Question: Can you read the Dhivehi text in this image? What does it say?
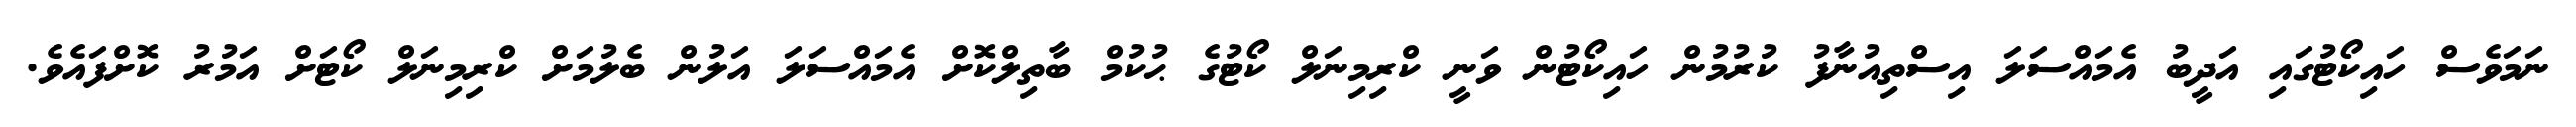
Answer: ނަމަވެސް ހައިކޯޓުގައި އަދީބު އެމައްސަލަ އިސްތިއުނާފު ކުރުމުން ހައިކޯޓުން ވަނީ ކްރިމިނަލް ކޯޓުގެ ޙުކުމް ބާތިލްކޮށް އެމައްސަލަ އަލުން ބެލުމަށް ކްރިމިނަލް ކޯޓަށް އަމުރު ކޮށްފައެވެ.